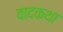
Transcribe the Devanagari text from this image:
वादकथा